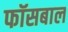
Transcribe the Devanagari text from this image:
फॉसबाल